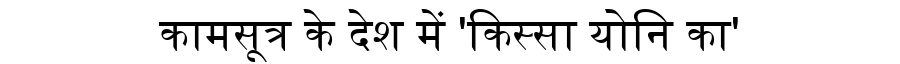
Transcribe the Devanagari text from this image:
कामसूत्र के देश में 'किस्सा योनि का'